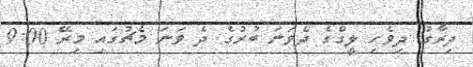
ދިރާގު ދިވެހި ލީގްގެ ދެވަނަ ބުރުގެ ދެ ވަނަ މެޗުގައި މިރޭ 9:00